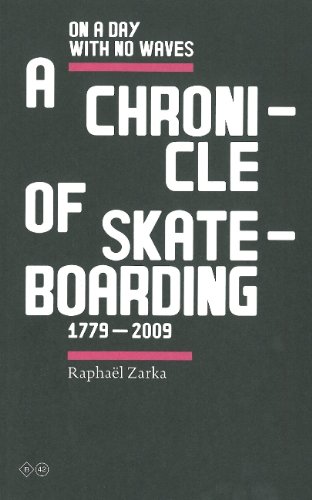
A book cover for Raphael Zarka: On A Day With No Waves. A Chronicle Of Skateboarding 1779-2009; Raphael Zarka; Sports & Outdoors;